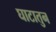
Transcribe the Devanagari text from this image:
घाटातुन